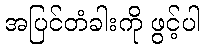
အပြင်တံခါးကို ဖွင့်ပါ